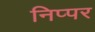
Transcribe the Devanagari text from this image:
निप्पर